Lunatic asylums Madras 1877-1891 - 1877-1891
Year: 1877
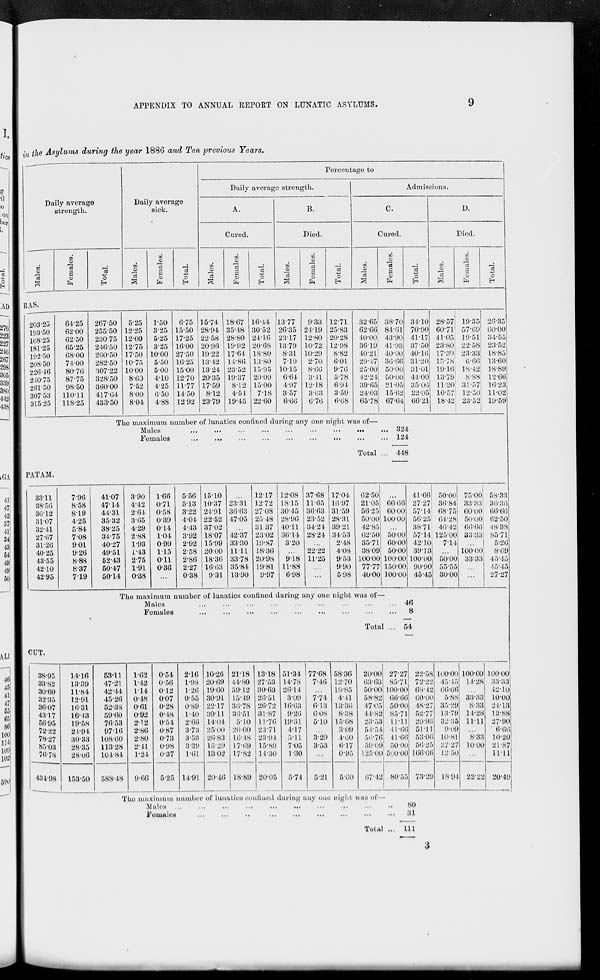
APPENDIX TO ANNUAL REPORT ON LUNATIC ASYLUMS.
9
in the Asylums during the year 1886 and Ten previous Years.
Daily average
strength.
Males.
Females.
Total.
RAS.
203.25
193.50
168.25
181.25
192.50
208.50
226.46
240.75
261.50
307.53
315.25
64.25
62.00
62.50
65.25
68.00
74.00
80.76
87.75
98.50
110.11
118.25
267.50
255.50
230.75
246.50
260.50
282.50
307.22
328.50
360.00
417.64
433.50
Daily average
sick.
Males.
5.25
12.25
12.00
12.75
17.50
10.75
10.00
8.60
7.52
8.00
8.04
Females.
1.50
3.25
5.25
3.25
10.00
5.50
5.00
4.10
4.25
6.50
4.88
Total.
6.75
15.50
17.25
16.00
27.50
16.25
1500
12.70
11.77
14.50
12.92
Percentage to
Daily average strength.
A.
Cured.
Males.
15.74
28.94
22.58
20.96
19.22
13.42
13.24
20.35
17.59
8.12
23.79
Females.
18.67
35.48
28.80
19.92
17.64
14.86
23.52
19.37
8.12
4.54
19.45
Total.
16.44
30.52
24.16
20.68
18.80
13.80
15.95
20.09
15.00
7.18
22.60
B.
Died.
Males.
13.77
26.35
23.17
13.79
8.31
7.19
10.15
6.64
4.97
3.57
6.66
Females.
9.33
24.19
12.80
10.72
10.29
2.70
8.66
3.41
12.18
3.63
6.76
Total.
12.71
25.83
20.28
12.98
8.82
6.01
9.76
5.78
6.94
3.59
6.68
Admissions.
C.
Cured.
Males.
32.65
62.66
40.00
36.19
40.21
29.47
25.00
42.24
39.65
24.03
65.78
The maximum number of lunatics confined during any one night was of—
Males
...
...
...
...
...
...
...
...
Females
...
...
...
...
...
...
...
...
Total ...
Females.
38.70
84.61
43.90
41.93
40.00
36.66
50.00
50.00
21.05
15.62
67.64
324
124
448
Total.
34.10
70.90
41.17
37.50
40.16
31.20
31.01
44.00
35.06
22.05
66.21
D.
Died.
Males.
28.57
60.71
41.05
23.80
17.39
15.78
19.16
13.79
11.20
10.57
18.42
Females.
19.35
57.69
19.51
22.58
23.33
6.66
18.42
8.88
31.57
12.50
23.52
Total.
26.35
60.00
34.55
23.52
18.85
13.60
18.89
12.66
16.23
11.02
19.59
PATAM.
33.11
38.56
36.12
31.07
32.41
27.67
31.26
40.25
43.55
42.10
42.95
7.96
8.58
8.19
4.25
5.84
7.08
9.01
9.26
8.88
8.37
7.19
41.07
47.14
44.31
35.32
38.25
34.75
40.27
49.51
52.43
50.47
50.14
3.90
4.42
2.64
3.65
4.29
2.88
1.93
1.43
2.75
1.91
0.38
1.66
0.71
0.58
0.39
014
1.04
0.99
1.15
0.11
0.36
...
5.56
5.13
3.22
4.04
4.43
3.92
2.92
2.58
2.86
2.27
0.38
15.10
10.37
24.91
22.52
37.02
18.07
15.99
20.00
18.36
16.63
9.31
...
23.31
36.63
47.05
...
42.37
33.30
11.11
33.78
35.84
13.90
12.17
12.72
27.08
25.48
31.37
23.02
19.87
18.36
20.98
19.81
9.97
12.08
18.15
30.45
28.96
40.11
36.14
3.20
...
9.18
11.88
6.98
37.68
11.65
36.63
23.52
34.24
28.24
...
22.22
11.25
...
...
17.04
16.97
31.59
28.31
39.21
34.53
2.48
4.08
9.53
9.90
5.98
62.50
21.05
56.25
50.00
42.85
62.50
35.71
38.09
100.00
77.77
40.00
...
66.66
60.00
100.00
...
50.00
60.00
50.00
100.00
150.00
100.00
The maximum number of lunatics confined during any one night was of—
Males
...
...
...
...
...
...
...
...
...
Females
...
...
...
...
...
...
...
...
...
Total
...
41.66
27.27
57.14
56.25
38.71
57.14
42.10
3913
100.00
90.90
45.45
46
8
54
50.00
36.84
68.75
64.28
46.42
125.00
7.14
50.00
55.55
30.00
75.00
33.33
60.00
50.00
66.66
33.33
...
100.00
33.33
...
...
58.33
36.36
66.66
62.50
48.38
85.71
5.26
8.69
45.45
45.45
27.27
CUT.
38.95
33.82
30.60
32.35
36.07
43.17
56.95
72.22
78.27
85.03
76.78
434.98
14.16
13.39
11.84
12.91
16.31
16.43
19.58
24.94
30.33
28.35
28.06
153.50
53.11
47.21
42.44
45.26
52.38
59.60
76.53
97.16
108.60
113.28
104.84
588.48
1.62
1.42
1.14
0.48
0.61
0.92
2.12
2.86
2.80
2.41
1.24
9.66
0.54
0.56
0.12
0.07
0.28
0.48
0.54
0.87
0.73
0.98
0.37
5.25
2.16
1.98
1.26
0.55
0.89
1.40
2.66
3.73
3.53
3.39
1.61
14.91
10.26
20.69
19.60
30.91
22.17
30.11
14.04
25.00
26.83
15.29
13.02
20.46
21.18
44.80
59.12
15.49
36.78
36.51
5.10
20.00
16.48
17.69
17.82
18.89
13.18
27.53
30.63
26.51
26.72
31.87
11.76
23.71
23.94
15.89
14.30
20.05
51.34
14.78
26.14
3.09
16.63
9.26
19.31
4.17
5.11
7.05
1.30
5.74
77.68
7.46
...
7.74
6.13
6.08
5.10
...
3.29
3.53
...
5.21
58.36
12.70
18.85
4.41
13.36
8.38
15.68
3.09
4.60
6.17
0.95
5.60
20.00
63.63
50.00
58.82
47.05
44.82
23.53
54.54
56.76
59.09
125.00
67.42
27.27
85.71
100.00
66.66
50.00
85.71
11.11
41.66
41.66
50.00
500.00
80.55
22.58
72.22
68.42
60.00
48.27
52.77
20.93
51.11
53.06
56.25
166.66
73.29
The maximum number of lunatics confined during any one night was of—
Males ...
...
...
...
...
...
...
...
...
..
Females
...
...
...
...
...
...
...
...
...
..
Total ...
80
31
111
100.00
45.45
66.66
5.88
35.29
13.79
32.35
9.09
10.81
27.27
12.50
18.94
100.00
14.28
...
33.33
8.33
14.28
11.11
...
8.33
10.00
...
22.22
100.00
33.33
42.10
10.00
24.13
13.88
27.90
6.66
10.20
21.87
11.11
20.49
3